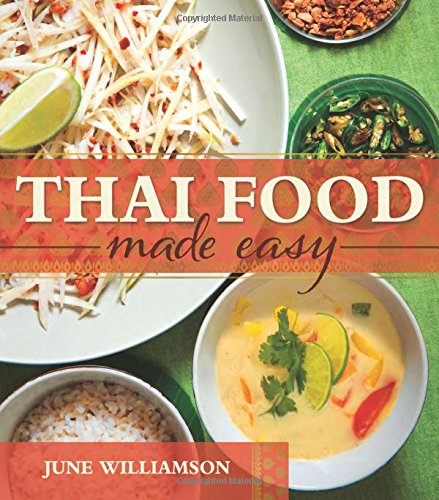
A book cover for Thai Food Made Easy; June Williamson; Cookbooks, Food & Wine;